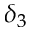
\delta _ { 3 }